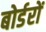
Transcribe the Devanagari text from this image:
बोर्डरों